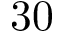
3 0